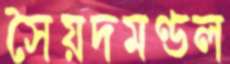
সৈয়দমণ্ডল